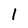
Character: 1